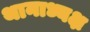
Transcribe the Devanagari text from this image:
थानाध्यक्ष